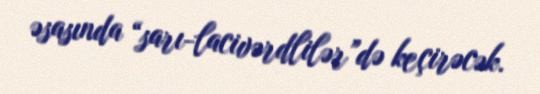
əsasında “sarı-lacivərdlilər”də keçirəcək.